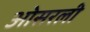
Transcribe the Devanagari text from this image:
ओसरली